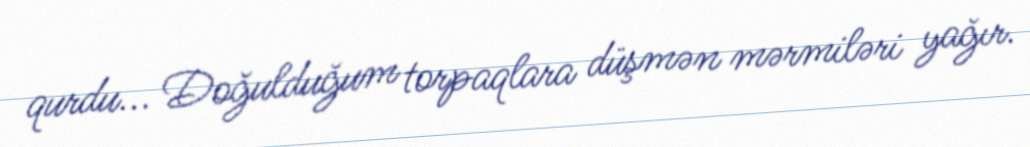
qurdu... Doğulduğum torpaqlara düşmən mərmiləri yağır.